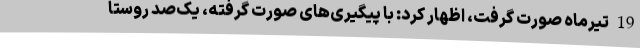
19 تیرماه صورت گرفت، اظهار کرد: با پیگیری‌های صورت گرفته، یک‌صد روستا